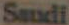
Saudi